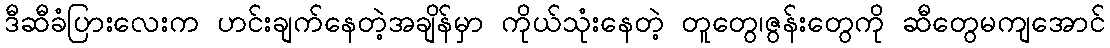
ဒီဆီခံပြားလေးက ဟင်းချက်နေတဲ့အချိန်မှာ ကိုယ်သုံးနေတဲ့ တူတွေ၊ဇွန်းတွေကို ဆီတွေမကျအောင်